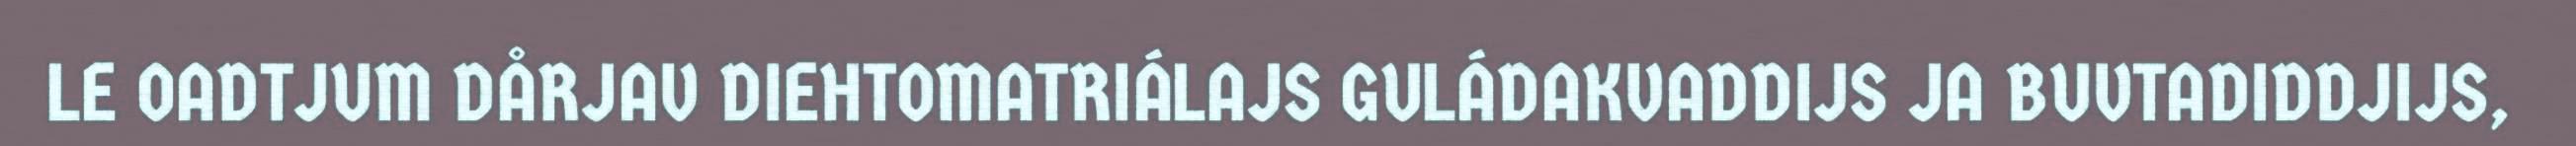
LE OADTJUM DÅRJAV DIEHTOMATRIÁLAJS GULÁDAKVADDIJS JA BUVTADIDDJIJS,